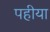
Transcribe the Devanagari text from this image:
पहीया